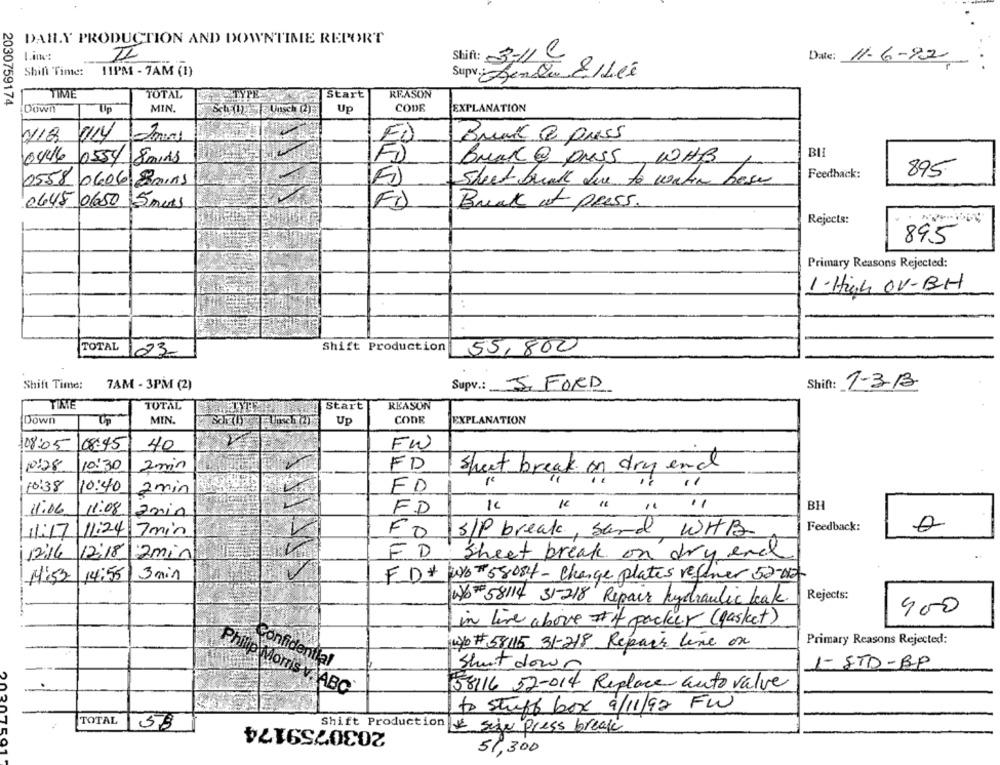
DAILY PRODUCTION AND DOWNTIME REPORT
Shift: 3-110
Date: 11-6-82
Shift Tinte:
11PM - 7AM (1)
Supv .: Linda ELés
REASON
TIME
TOTAL
Start
2030759174
MIN.
CODE
EXPLANATION
Down
Up
Up
1/18
0114
Bruk & press
ED
0446 0554 8 mins
Brak @ puss,WHB
Feedback:
895
0558 0606 8mins
ED
Sheet brink due to water hose
0645 06650 5mars
FD
Brak of press.
Rejects:
895
Primary Reasons Rejected:
1. High OV-BH
:
TOTAL 23
Shift Production
55,800
Shift Time:
7AM - 3PM (2)
Supv .: 5 FORD
Shift: 1-3-13
TOTAL
Start
REASON
Down
MIN.
Up
CODE
EXPLANATION
108:05
08:45
40
FW
10:28
10:30
FD
2min
Sheet break on dry end
110:38
10:40
2min
ED
BH
11:06
11:08
2min
FD
Feedback:
11:17
11:24 7min
FO S/P break, sand WHB
11:16
12:18
2min
FD Sheet break on dry end
14:52
14:55
3 min
FD + 26#580844 - Change plates refiner 52-02-
W58114 31-218 Repair hydraulic leak Rejects:
900
in live above it packer ( gasket)
w # 58115 31-218 Repair line on
Primary Reasons Rejected:
Confidential
1- STD-BP
Shut down
158116 52-014 Replace auto value
Philip Morris v. ABC
to stuff box 9/11/92 FW
2030759174
TOTAL
58
Shift Production & seje Press break
51,300